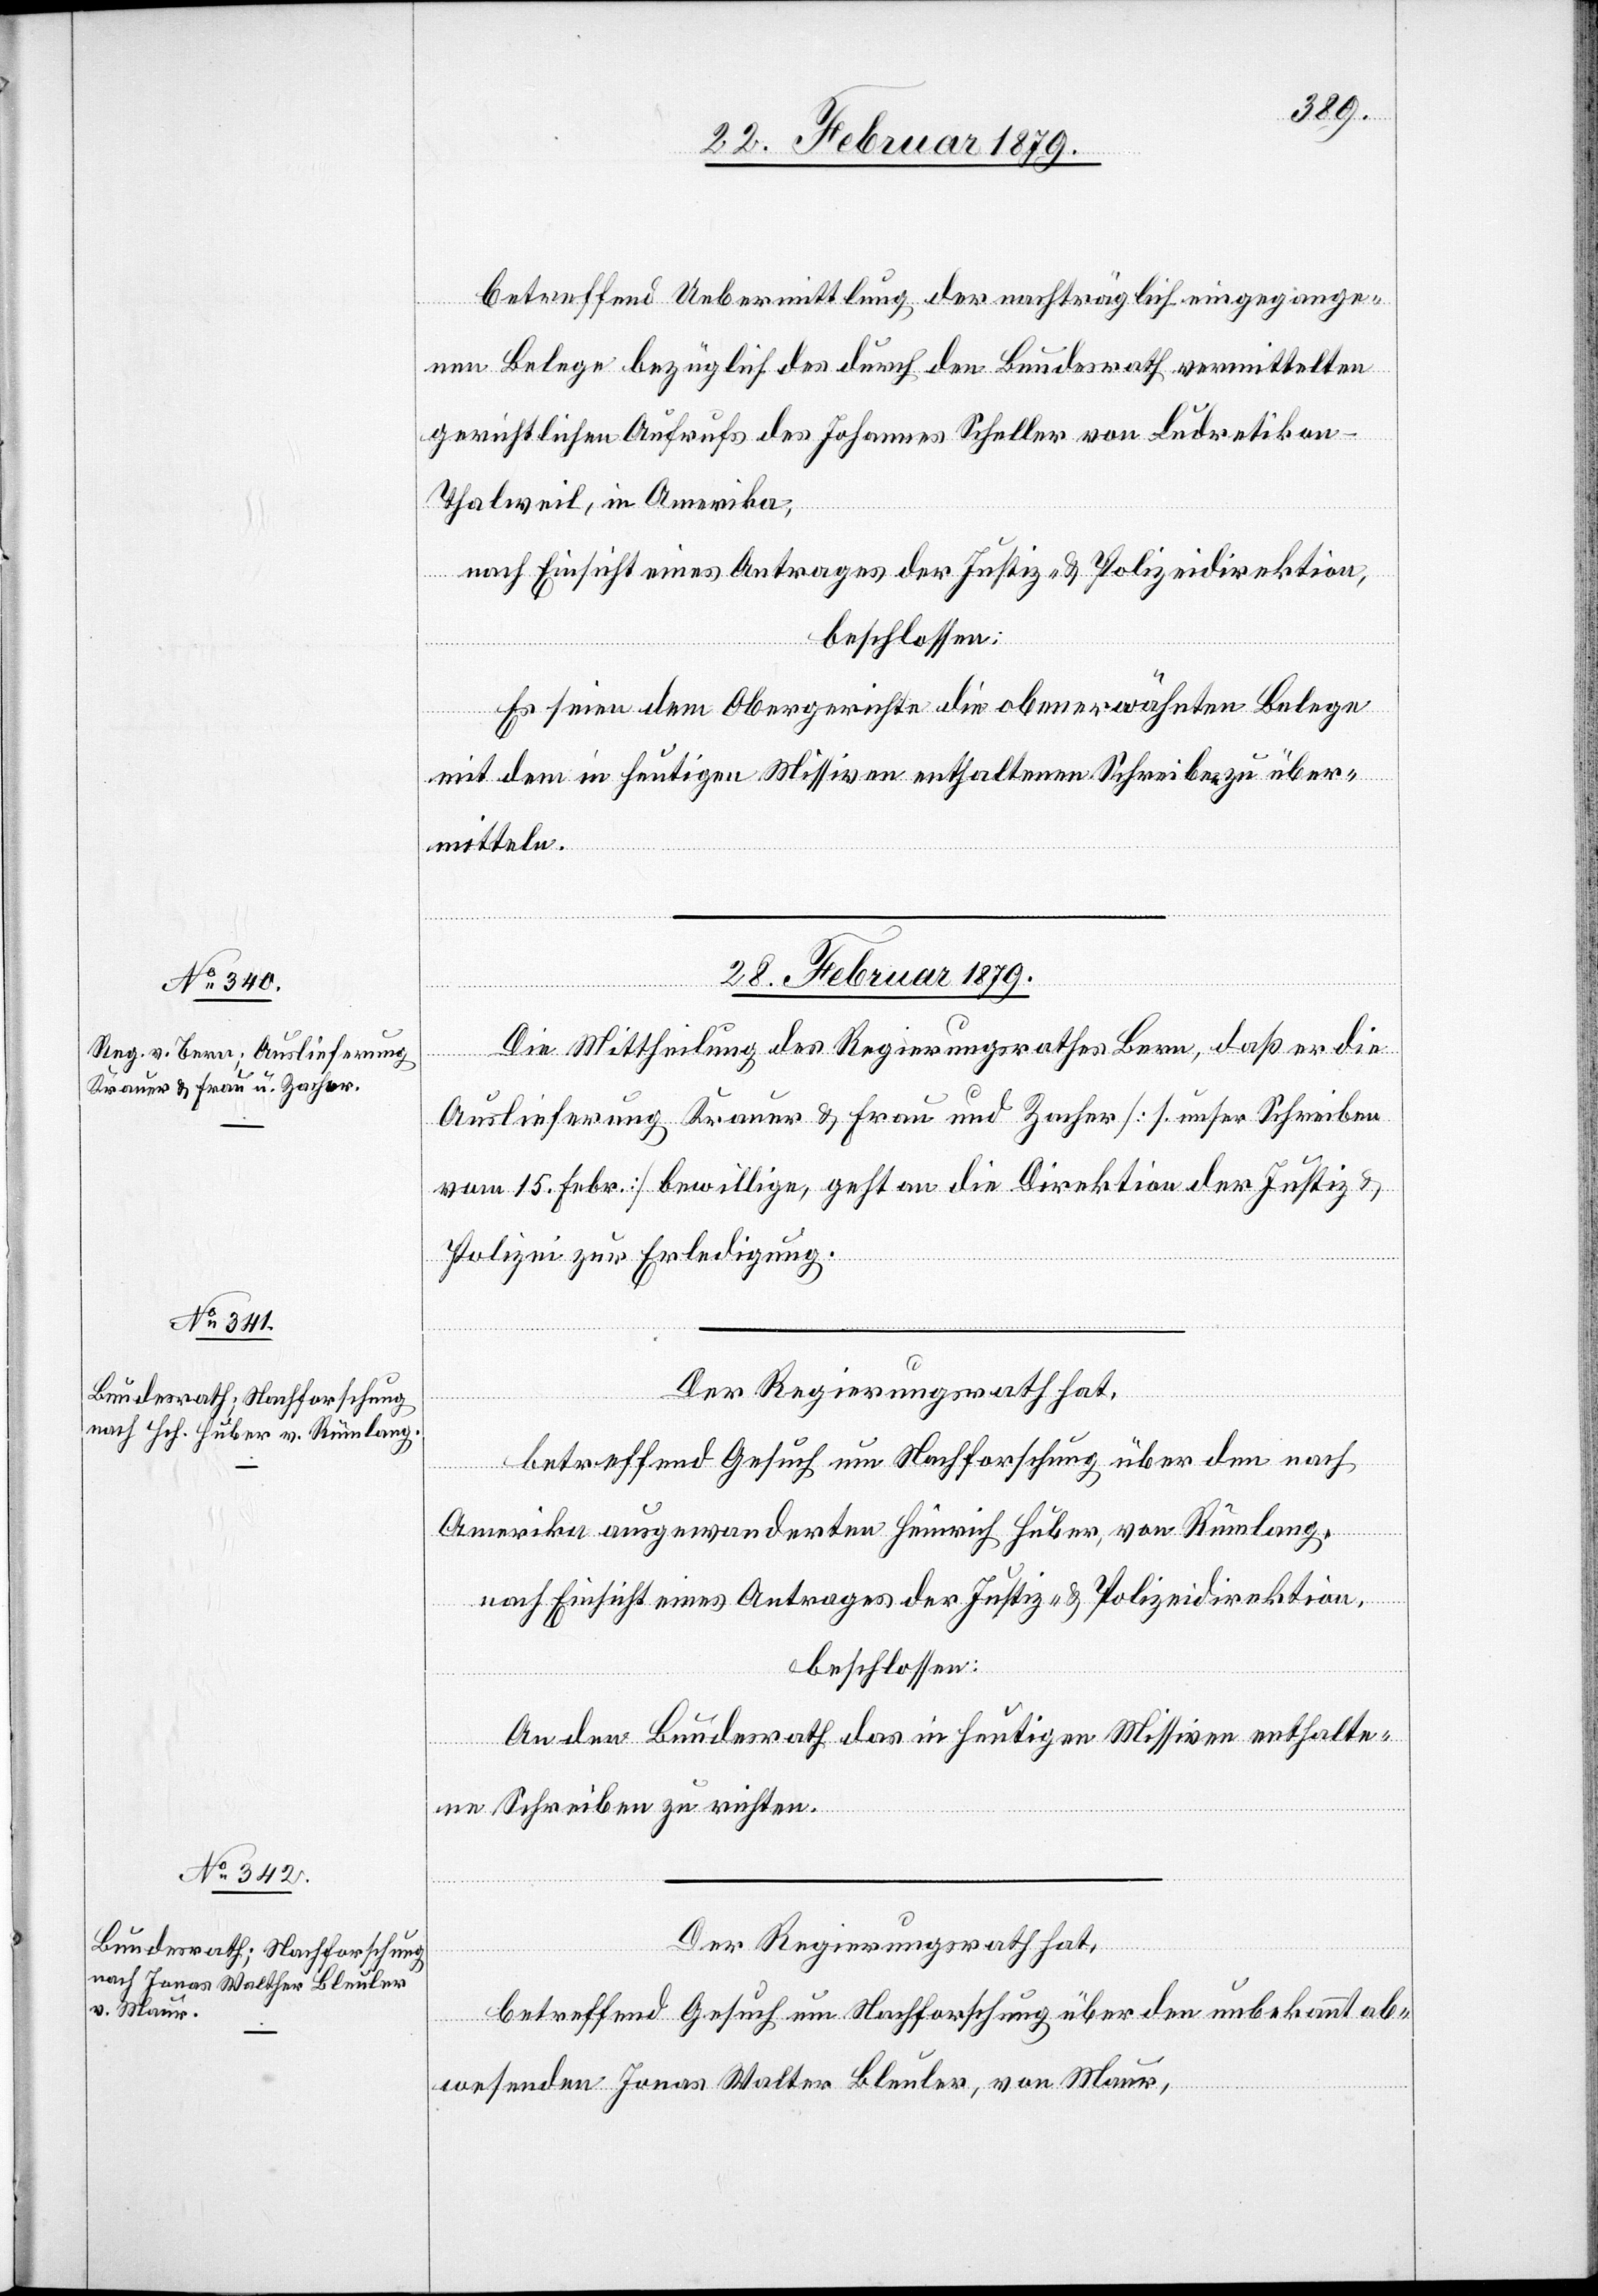
betreffend Uebermittlung der nachträglich eingegange¬
nen Belege bezüglich des durch den Bundesrath vermittelten
gerichtlichen Aufrufs des Johannes Scheller von Ludretikon
Thalweil, in Amerika,
nach Einsicht eines Antrages der Justiz- & Polizeidirektion,
beschlossen:
Es seien dem Obergerichte die obenerwähnten Belege
mit dem in heutigen Missiven enthaltenen Schreiben zu über¬
mitteln.
28. Februar 1879.]
Die Mittheilung des Regierungsrathes Bern, daß er die
Auslieferung Krauer & Frau und Zacher [s. unser Schreiben
vom 15. Febr.] bewillige, geht an die Direktion der Justiz &
Polizei zur Erledigung.
Der Regierungsrath hat,
betreffend Gesuch um Nachforschung über den nach
Amerika ausgewanderten Heinrich Huber, von Rümlang
nach Einsicht eines Antrages der Justiz- & Polizeidirektion,
beschlossen:
An den Bundesrath das in heutigen Missiven enthalte¬
ne Schreiben zu richten.
Der Regierungsrath hat,
betreffend Gesuch um Nachforschung über den unbekannt ab¬
wesenden Jonas Walter [sic!] Bleuler, von Maur,